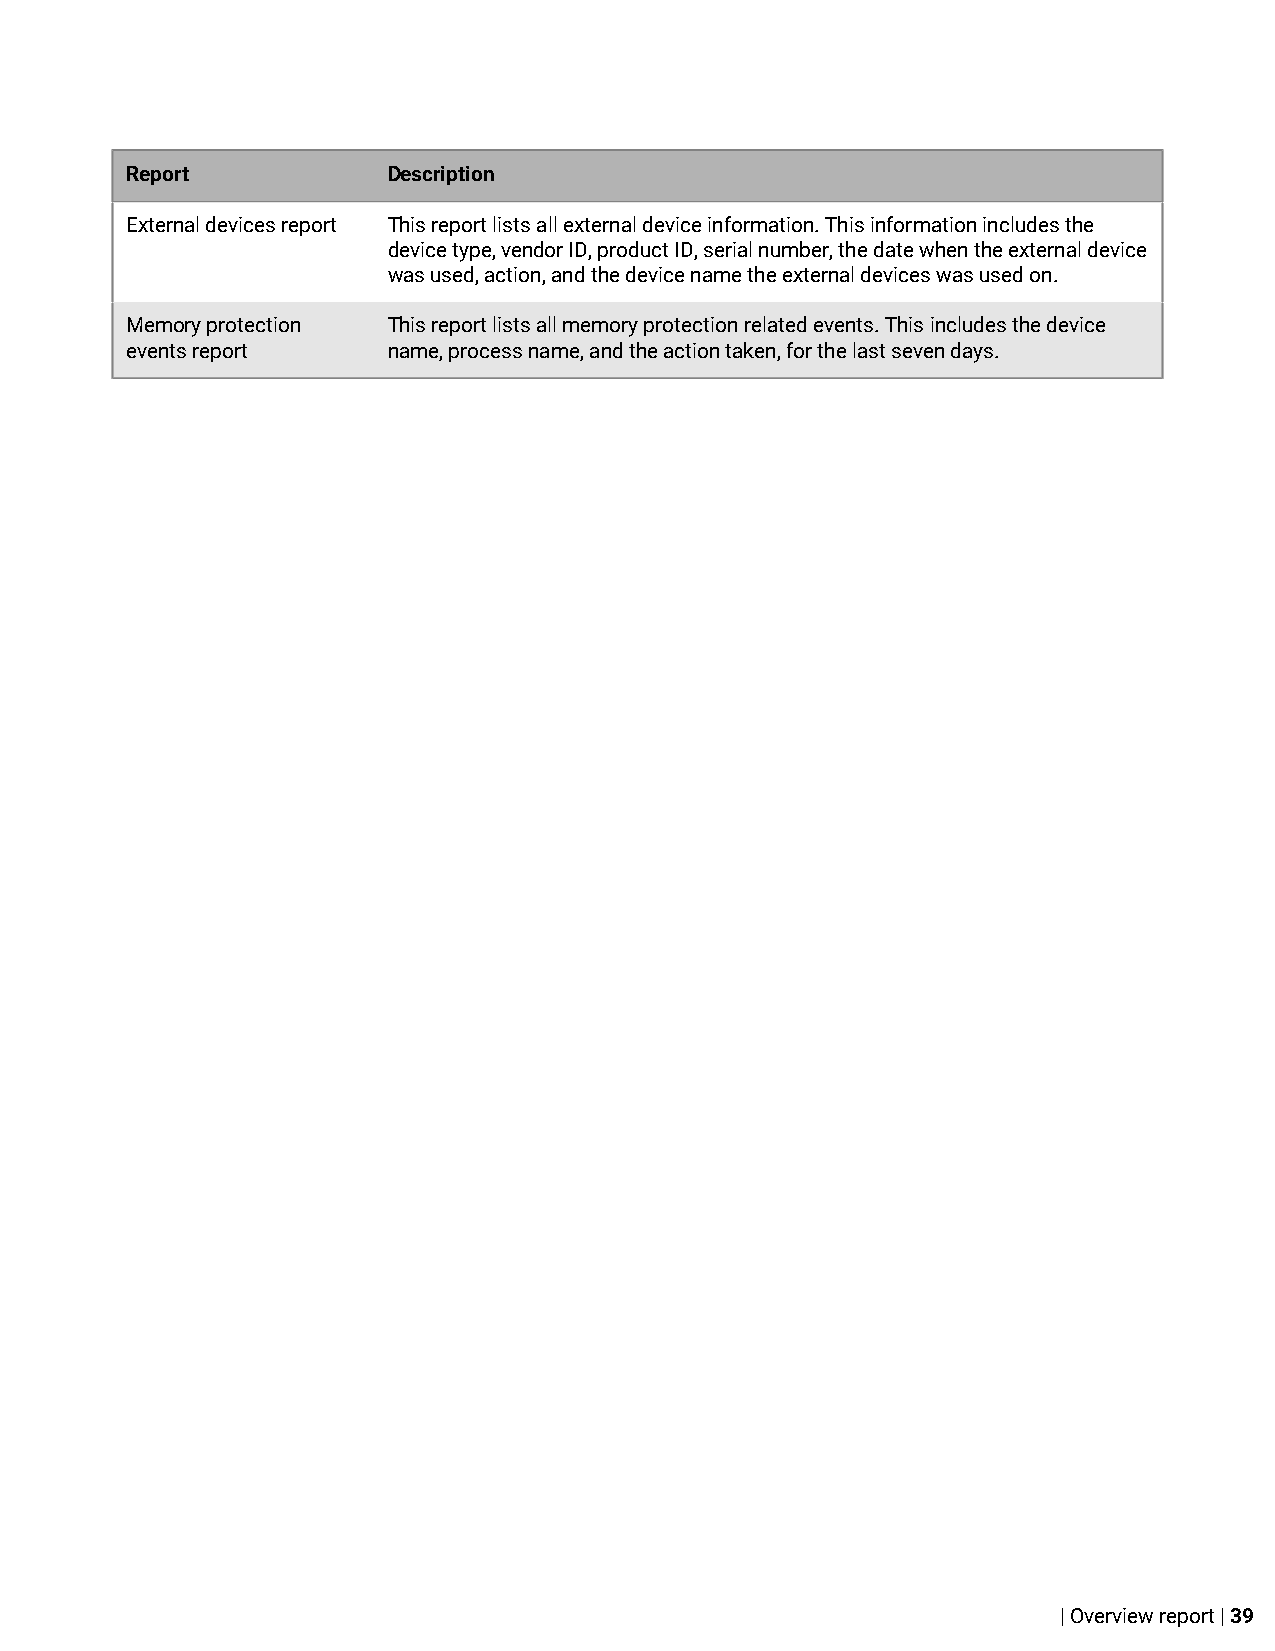
Report            Description
 External devices report This report lists all external device information. This information includes the
 device type, vendor ID, product ID, serial number, the date when the external device
 was used, action, and the device name the external devices was used on.
 Memory protection This report lists all memory protection related events. This includes the device
 events report     name, process name, and the action taken, for the last seven days.
 | Overview report | 39